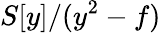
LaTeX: S[y]/(y^{2}-f)